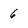
Character: 6